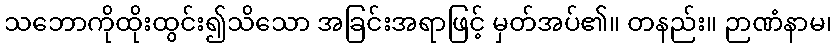
သဘောကိုထိုးထွင်း၍သိသော အခြင်းအရာဖြင့် မှတ်အပ်၏။ တနည်း။ ဉာဏံနာမ၊